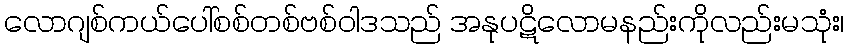
လောဂျစ်ကယ်ပေါ်စစ်တစ်ဗစ်ဝါဒသည် အနုပဋိလောမနည်းကိုလည်းမသုံး၊